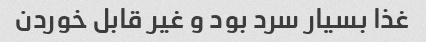
غذا بسیار سرد بود و غیر قابل خوردن